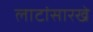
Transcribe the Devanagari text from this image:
लाटांसारखे